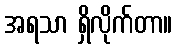
အရသာ ရှိလိုက်တာ။